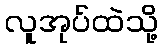
လူအုပ်ထဲသို့